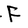
Character: F